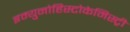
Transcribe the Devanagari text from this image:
इम्युनोहिस्टोकेमिस्ट्री